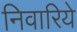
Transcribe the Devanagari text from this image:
निवारिये